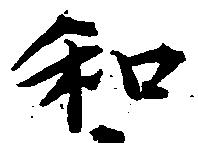
和